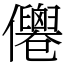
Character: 𠑗